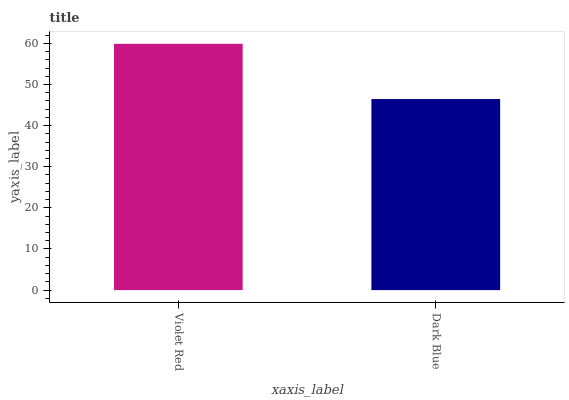
| xaxis_label | bars |
 | --- | --- |
 | Violet Red | 59.9 |
 | Dark Blue | 46.5 |